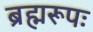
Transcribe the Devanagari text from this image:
ब्रह्मरूपः